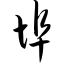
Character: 埠